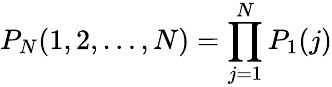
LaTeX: P_{N}(1,2,\ldots,N)=\prod_{j=1}^{N}P_{1}(j)